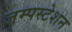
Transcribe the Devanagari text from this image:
जम्पस्टेशन